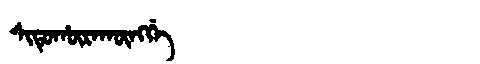
Manchu: ᠰᡳᡨᡠᡥᡡᡵᠠᡴᡡᠩᡤᡝ
Romanization: SITUHŪRAKŪNGGE